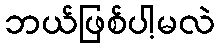
ဘယ်ဖြစ်ပါ့မလဲ